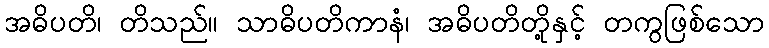
အဓိပတိ၊ တိသည်။ သာဓိပတိကာနံ၊ အဓိပတိတို့နှင့် တကွဖြစ်သော